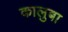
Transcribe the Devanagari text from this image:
कालुबा